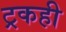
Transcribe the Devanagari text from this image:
ट्रकही